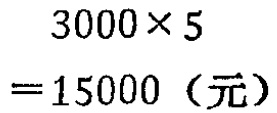
\[
\begin{align*}
3000\times5\\
= 15000 \text{（元）}
\end{align*}
\]